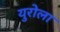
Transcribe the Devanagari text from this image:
युरोला